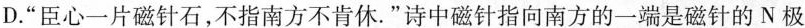
D.“臣心一片磁针石，不指南方不肯休。”诗中磁针指向南方的一端是磁针的N极